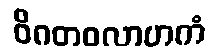
ဝိဂတဝလာဟကံ